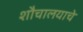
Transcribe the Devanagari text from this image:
शौचालयाचे